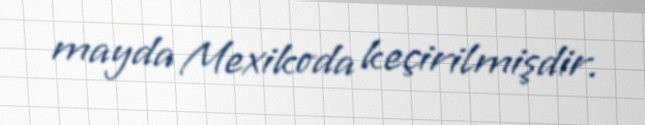
mayda Mexikoda keçirilmişdir.